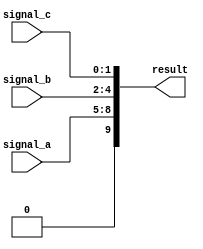
module concat_example (
    input wire [3:0]    signal_a,  // 4-bit input signal
    input wire [2:0]    signal_b,  // 3-bit input signal
    input wire [1:0]    signal_c,  // 2-bit input signal
    output wire [9:0]   result      // 9-bit output signal for concatenation
);

// Continuous assignment using concatenation
assign result = {signal_a, signal_b, signal_c};

endmodule